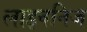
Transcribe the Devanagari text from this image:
लाइवनिज